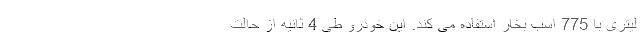
لیتری با 775 اسب بخار استفاده می کند. این خودرو طی 4 ثانیه از حالت